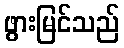
ဖွားမြင်သည်